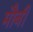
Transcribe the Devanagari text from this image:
मौबी